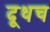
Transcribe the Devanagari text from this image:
दूधच